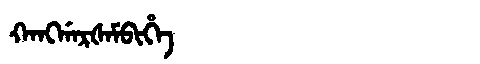
Manchu: ᡴᠠᠩᡤᠠᡵᡧᠠᠮᠪᡳᡥᡝ
Romanization: KANGGARŠAMBIHE